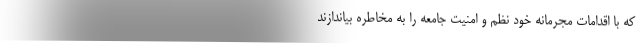
که با اقدامات مجرمانه خود نظم و امنیت جامعه را به مخاطره بیاندازند